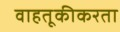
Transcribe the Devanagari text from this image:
वाहतूकीकरता